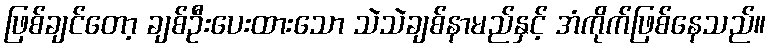
ဖြစ်ချင်တော့ ချစ်ဦးပေးထားသော သဲသဲချစ်နာမည်နှင့် အံကိုက်ဖြစ်နေသည်။